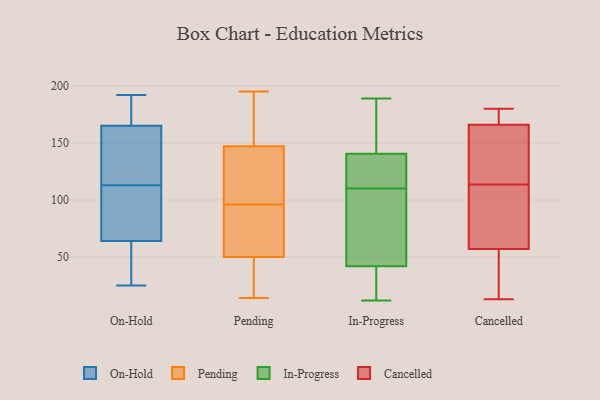
{"axis": {"x": "Operating Costs (USD K)", "y": "Value"}, "legend": ["Cancelled", "In-Progress", "On-Hold", "Pending"], "data": [{"x": "", "y": 64, "type": "On-Hold"}, {"x": "", "y": 134, "type": "On-Hold"}, {"x": "", "y": 44, "type": "On-Hold"}, {"x": "", "y": 110, "type": "On-Hold"}, {"x": "", "y": 191, "type": "On-Hold"}, {"x": "", "y": 25, "type": "On-Hold"}, {"x": "", "y": 101, "type": "On-Hold"}, {"x": "", "y": 192, "type": "On-Hold"}, {"x": "", "y": 138, "type": "On-Hold"}, {"x": "", "y": 116, "type": "On-Hold"}, {"x": "", "y": 165, "type": "On-Hold"}, {"x": "", "y": 41, "type": "On-Hold"}, {"x": "", "y": 75, "type": "On-Hold"}, {"x": "", "y": 191, "type": "On-Hold"}, {"x": "", "y": 58, "type": "Pending"}, {"x": "", "y": 33, "type": "Pending"}, {"x": "", "y": 56, "type": "Pending"}, {"x": "", "y": 195, "type": "Pending"}, {"x": "", "y": 95, "type": "Pending"}, {"x": "", "y": 147, "type": "Pending"}, {"x": "", "y": 140, "type": "Pending"}, {"x": "", "y": 97, "type": "Pending"}, {"x": "", "y": 143, "type": "Pending"}, {"x": "", "y": 66, "type": "Pending"}, {"x": "", "y": 154, "type": "Pending"}, {"x": "", "y": 14, "type": "Pending"}, {"x": "", "y": 110, "type": "Pending"}, {"x": "", "y": 19, "type": "Pending"}, {"x": "", "y": 33, "type": "Pending"}, {"x": "", "y": 50, "type": "Pending"}, {"x": "", "y": 174, "type": "Pending"}, {"x": "", "y": 188, "type": "Pending"}, {"x": "", "y": 42, "type": "In-Progress"}, {"x": "", "y": 12, "type": "In-Progress"}, {"x": "", "y": 106, "type": "In-Progress"}, {"x": "", "y": 45, "type": "In-Progress"}, {"x": "", "y": 136, "type": "In-Progress"}, {"x": "", "y": 145, "type": "In-Progress"}, {"x": "", "y": 151, "type": "In-Progress"}, {"x": "", "y": 46, "type": "In-Progress"}, {"x": "", "y": 38, "type": "In-Progress"}, {"x": "", "y": 134, "type": "In-Progress"}, {"x": "", "y": 16, "type": "In-Progress"}, {"x": "", "y": 114, "type": "In-Progress"}, {"x": "", "y": 127, "type": "In-Progress"}, {"x": "", "y": 42, "type": "In-Progress"}, {"x": "", "y": 56, "type": "In-Progress"}, {"x": "", "y": 189, "type": "In-Progress"}, {"x": "", "y": 173, "type": "In-Progress"}, {"x": "", "y": 25, "type": "In-Progress"}, {"x": "", "y": 162, "type": "In-Progress"}, {"x": "", "y": 128, "type": "In-Progress"}, {"x": "", "y": 13, "type": "Cancelled"}, {"x": "", "y": 163, "type": "Cancelled"}, {"x": "", "y": 61, "type": "Cancelled"}, {"x": "", "y": 33, "type": "Cancelled"}, {"x": "", "y": 167, "type": "Cancelled"}, {"x": "", "y": 166, "type": "Cancelled"}, {"x": "", "y": 108, "type": "Cancelled"}, {"x": "", "y": 57, "type": "Cancelled"}, {"x": "", "y": 86, "type": "Cancelled"}, {"x": "", "y": 19, "type": "Cancelled"}, {"x": "", "y": 160, "type": "Cancelled"}, {"x": "", "y": 180, "type": "Cancelled"}, {"x": "", "y": 177, "type": "Cancelled"}, {"x": "", "y": 119, "type": "Cancelled"}]}